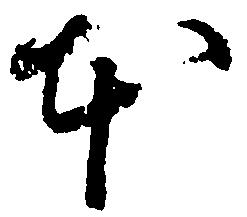
本